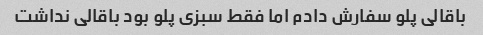
باقالی پلو سفارش دادم اما فقط سبزی پلو بود باقالی نداشت